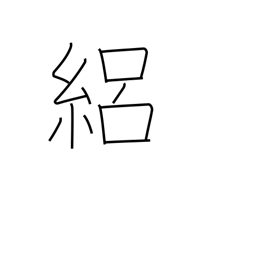
Meaning: silk gauze